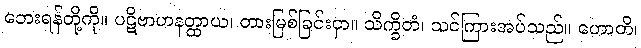
ဘေးရန်တို့ကို။ ပဋိဗာဟနတ္ထာယ၊ တားမြစ်ခြင်းငှာ။ သိက္ခိတံ၊ သင်ကြားအပ်သည်။ ဟောတိ၊